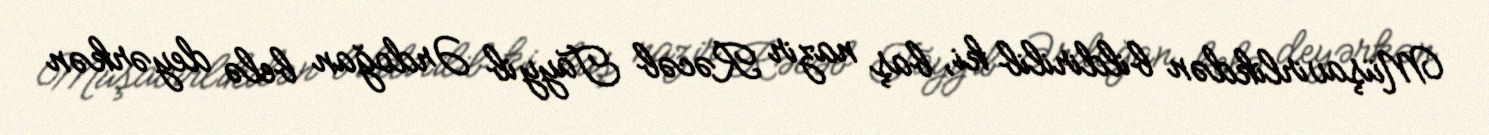
Müşavirlikdən bildirilib ki, baş nazir Rəcəb Tayyib Ərdoğan belə deyərkən